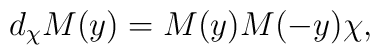
d_\chi M(y)=M(y)M(-y)\chi,